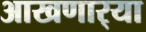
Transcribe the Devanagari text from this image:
आखणार्‍या